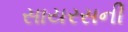
સાયરસની